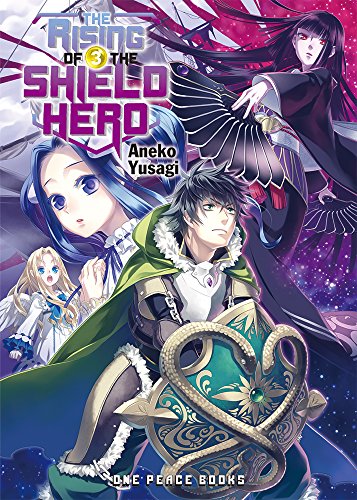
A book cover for The Rising of the Shield Hero Volume 03; Aneko Yusagi; Comics & Graphic Novels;